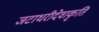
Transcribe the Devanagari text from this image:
जटाधरीदेवाकृति